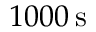
{ 1 0 0 0 } \, \mathrm { s }